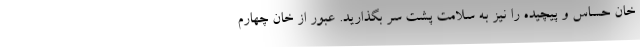
خان حساس و پیچیده را نیز به سلامت پشت سر بگذارید. عبور از خان چهارم